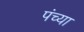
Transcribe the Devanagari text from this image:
पंच्या